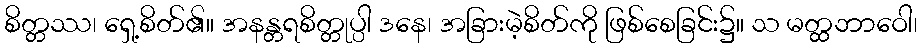
စိတ္တဿ၊ ရှေ့စိတ်၏။ အနန္တရစိတ္တုပ္ပါ ဒနေ၊ အခြားမဲ့စိတ်ကို ဖြစ်စေခြင်း၌။ သ မတ္ထဘာဝေါ၊